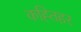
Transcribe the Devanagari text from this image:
कह्तिहर